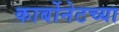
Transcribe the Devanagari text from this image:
कार्बोनेटच्या